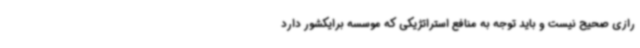
رازی صحیح نیست و باید توجه به منافع استراتژیکی که موسسه برایکشور دارد